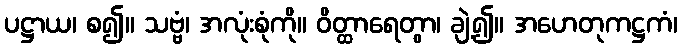
ပဋ္ဌာယ၊ စ၍။ သဗ္ဗံ၊ အလုံးစုံကို။ ဝိတ္ထာရေတွာ၊ ချဲ့၍။ အဟေတုကဋ္ဌကံ၊